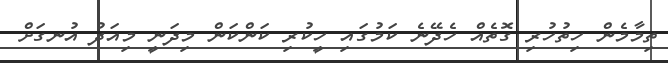
ތިމާމެން ހިތުހުރި ގޮތެއް ހެދޭނެ ކަމުގައި ހީކުރި ކަންކަން މިދަނީ މިއަދު އުނގަށް